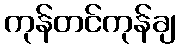
ကုန်တင်ကုန်ချ